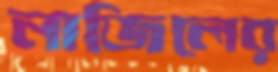
নাজিলের